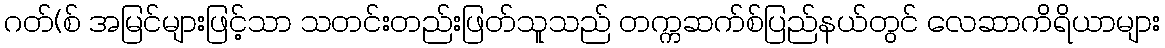
ဂတ်(စ် အမြင်များဖြင့်သာ သတင်းတည်းဖြတ်သူသည် တက္ကဆက်စ်ပြည်နယ်တွင် လေဆာကိရိယာများ